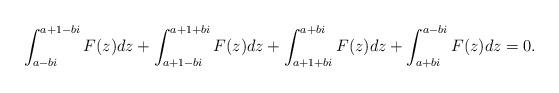
LaTeX: \begin{align*}\int_{a-bi}^{a+1-bi} F(z)dz + \int_{a+1-bi}^{a+1+bi} F(z)dz + \int_{a+1+bi}^{a+bi} F(z)dz + \int_{a+bi}^{a-bi} F(z)dz = 0.\end{align*}